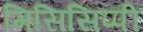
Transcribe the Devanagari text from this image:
मिसिसिप्‍पी